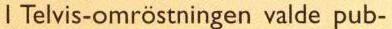
I Telvis-omröstningen valde pub-